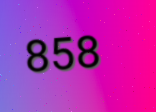
858